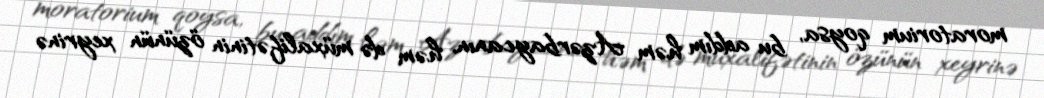
moratorium qoysa, bu addım həm Azərbaycanın, həm də müxalifətinin özünün xeyrinə